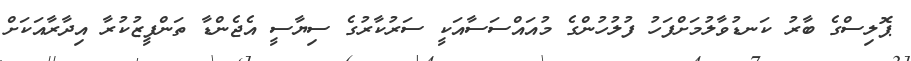
ޕޮލިސްގެ ބާރު ކަނޑުވާލުމަށްފަހު ފުލުހުންގެ މުއައްސަސާއަކީ ސަރުކާރުގެ ސިޔާސީ އެޖެންޑާ ތަންފީޒުކުރާ އިދާރާއަކަށް